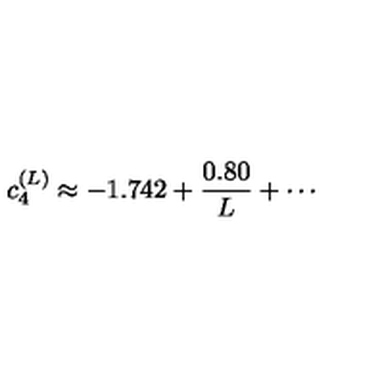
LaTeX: c _ { 4 } ^ { ( L ) } \approx - 1 . 7 4 2 + \frac { 0 . 8 0 } { L } + \cdots